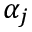
\alpha _ { j }